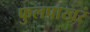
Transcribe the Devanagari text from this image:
फुलपाखरं